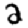
Digit: 2